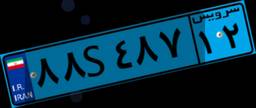
۸۸S۴۸۷۱۲